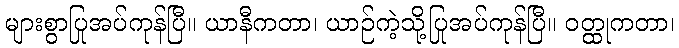
များစွာပြုအပ်ကုန်ပြီ။ ယာနီကတာ၊ ယာဉ်ကဲ့သို့ပြုအပ်ကုန်ပြီ။ ဝတ္ထုကတာ၊